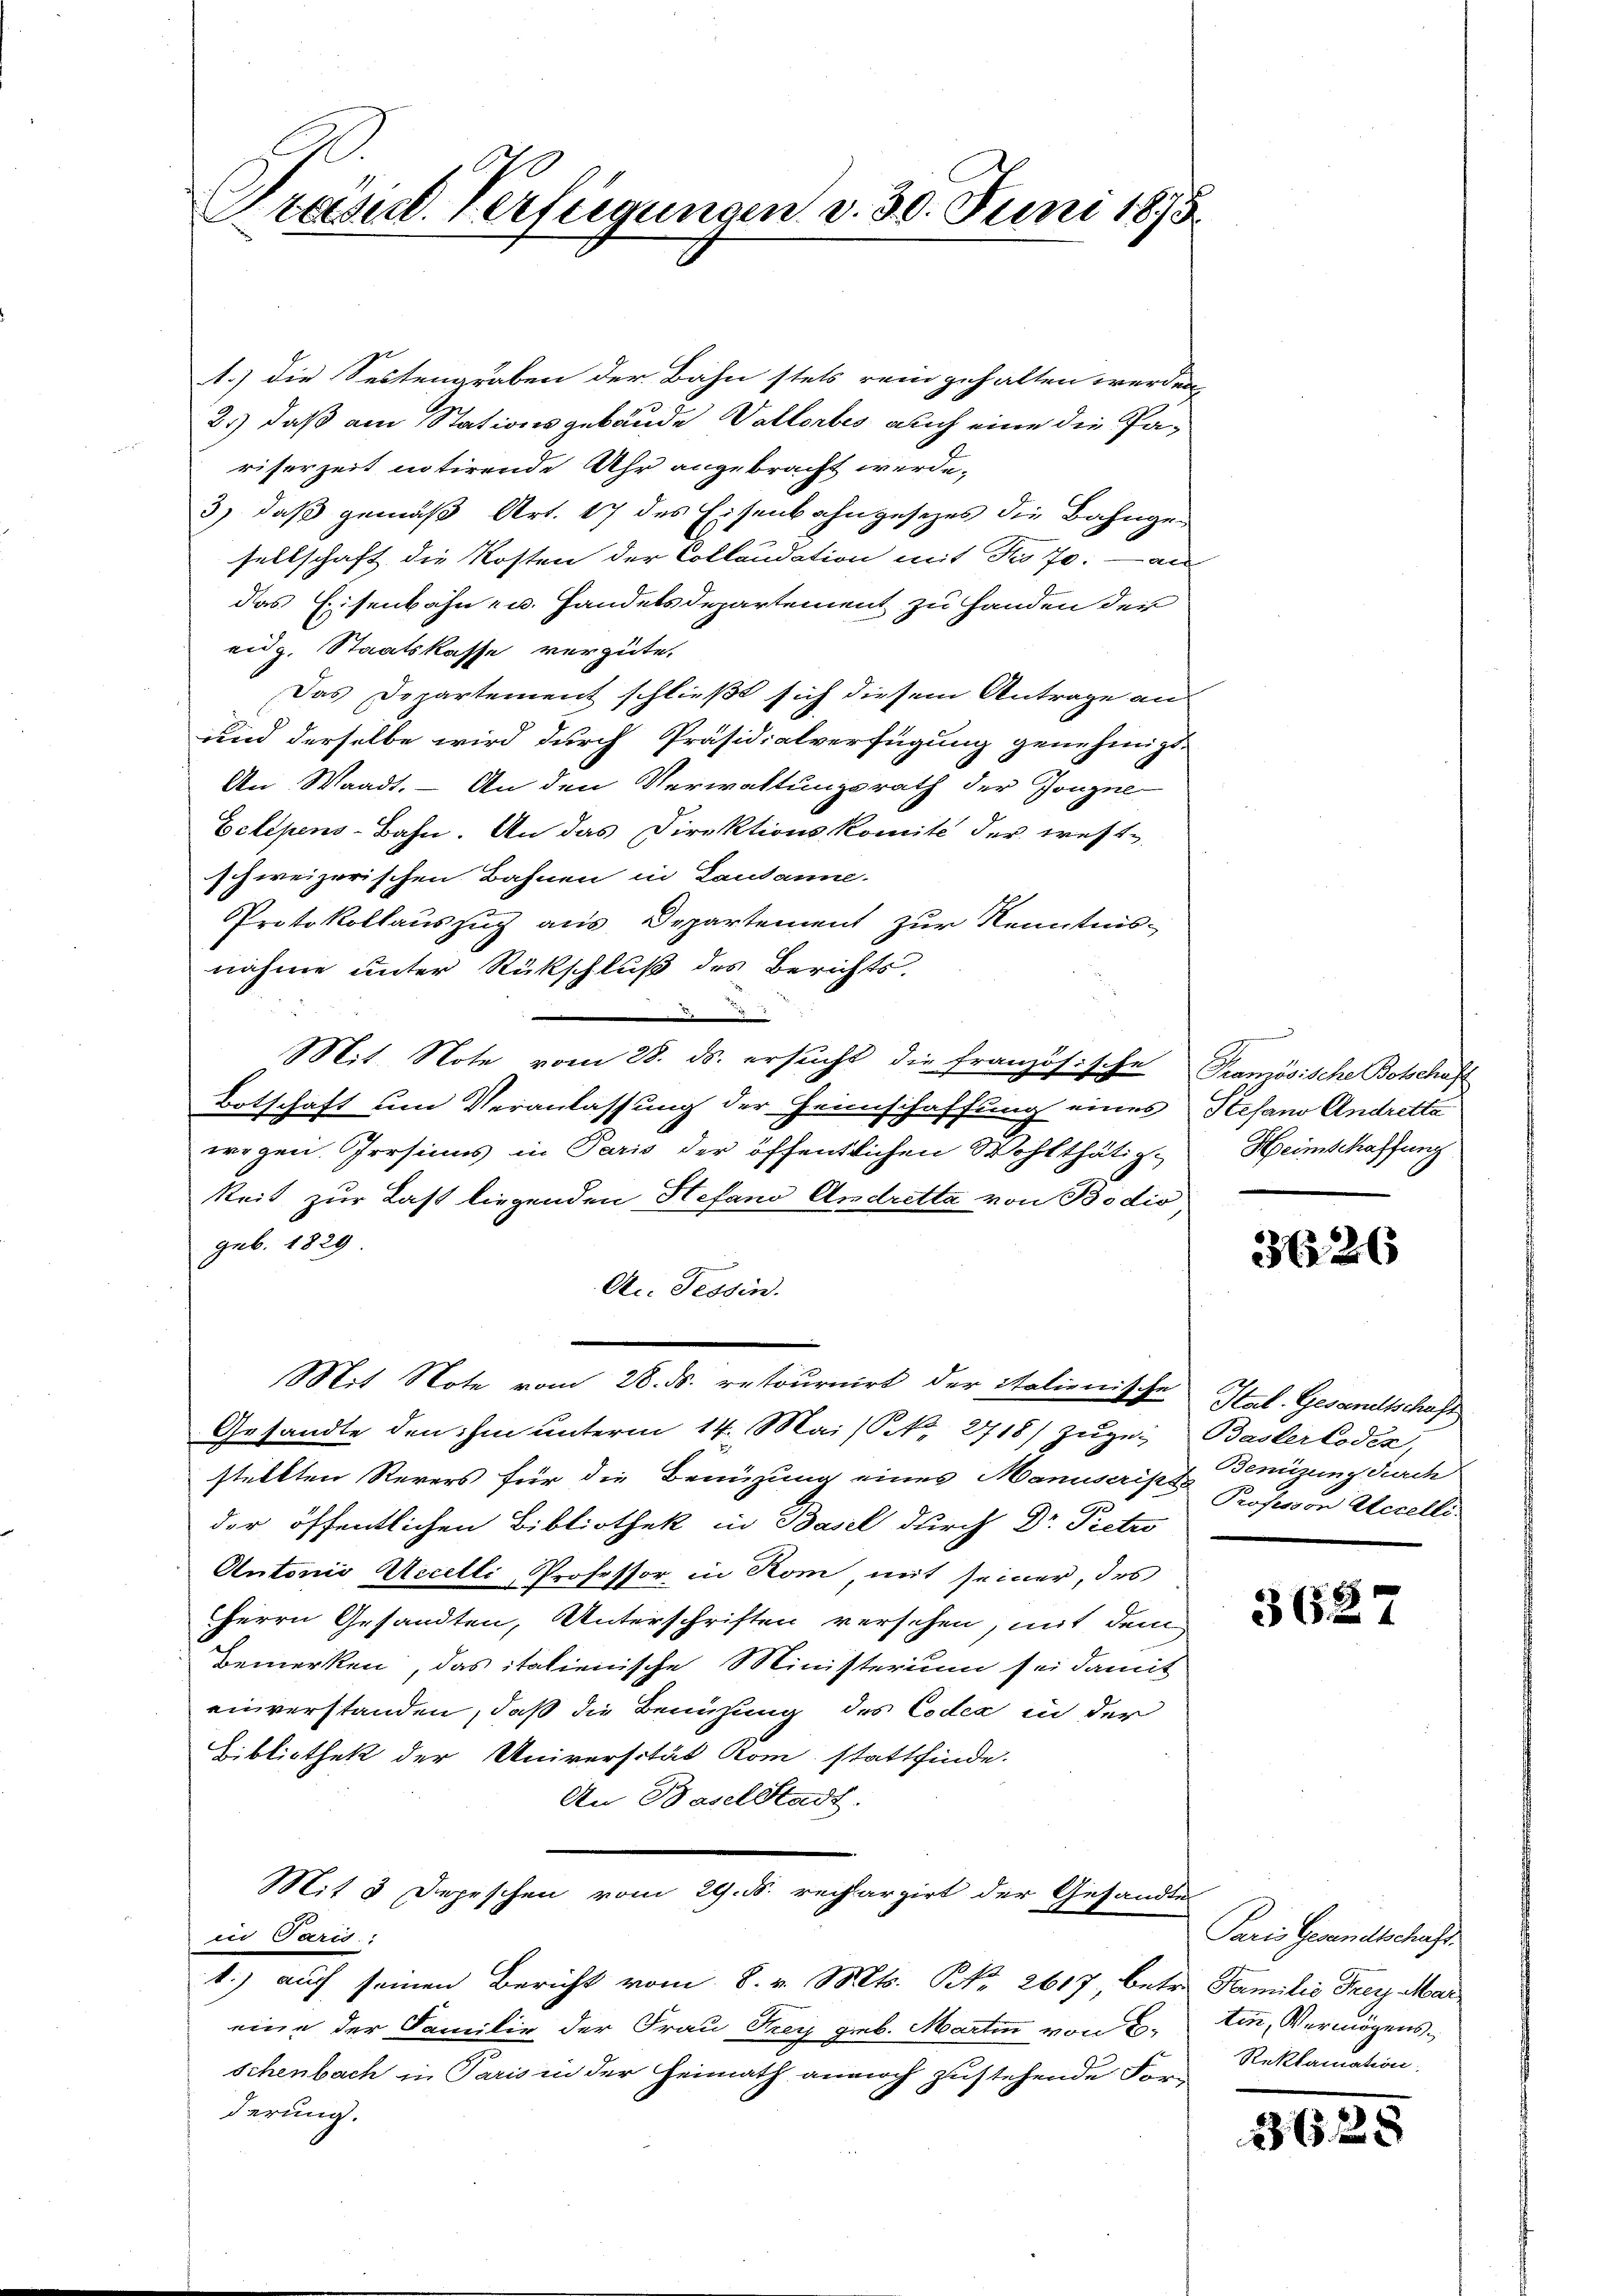
Präside Verfügungen v. 30. Juni 1875

1.) die Seitengraben der Bahn stets rein gehalten werden
2.) daß am Stationsgebäude Vallorbes auch eine die Pariserzeit notirende Uhr angebracht werde.
3) daß gemäß Art. 17 des Eisenbahngesetzes die Bahngesellschaft die Kosten der Collaudation mit des 70. — au
das Eisenbahn- u. Handelsdepartement zu Handen der
eidg. Staatskasse vergütet
Das Departement schließt sich diesem Antrage an
und derselbe wird durch Präsidialverfügung genehmigt.
An Waadt. – An den Verwaltungsrath der Jougne
Eclipens-Bahn. An das Direktionskomite der westschweizerischen Bahnen in Lausanne.
Protokollauszug aus Departement zur Kenntnis-
nahme unter Rückschluß des Berichts
2
Mit Note vom 28. ds. ersucht die französische Französische Botschaft
Botschaft um Veranlassung der Heimschaffung eines Stefano Andrette
wegen. Irrsinns in Paris der öffentlichen Wohlthätigkeit zur Last liegenden Hefand Andretta von Bodio
geb. 1829
An Tessin.
Mit Note vom 28. ds. retournirt der italienische Stat. Gesandtschaft
Gesandte den ihm unterm 14. Mais No. 2718) Zŭger Basler Codex,
stellten Revers für die Benüzung eines Manuscripte Post von Accelli
60
der öffentlichen Bibliothek in Basel durch Dr. Pietro
Antonio Accelli, Professor in Rom, mit seiner, des
HHerrn Gesandten, Unterschriften versehen, mit dem
bemerken, das italienische Ministerium sei damit
einverstanden, daß die Benutzung des Codex in der
Bibliothek der Universität Rom stattfinde.
An Baselstadt.
Mit 3 Depeschen vom 29. d. rechargirt der Gesandte
in Paris
1.) auf seinen Bericht vom 8. v. Mts. S. 2617 betre
eine der Familie der Frau Frey geb. Martin von 2-
schenbach in Paris in der Heimath annoch zustehende For-
derung.

Heimschaffung

3626

Beniring durch

3627

Paris Gesandtschaft.
Familie Frey Mar
ten, Vermögens
Reklamation

3628